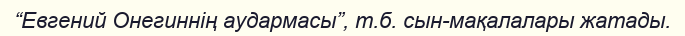
“Евгений Онегиннің аудармасы”, т.б. сын-мақалалары жатады.